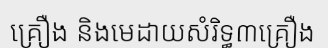
គ្រឿង និងមេដាយសំរិទ្ធ៣គ្រឿង